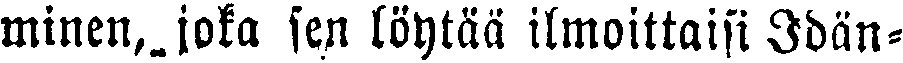
minen, joka sen löytää ilmoittaisi Idän-